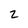
Character: 2